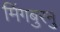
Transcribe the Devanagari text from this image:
मिंगबुरनु